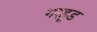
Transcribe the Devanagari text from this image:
गरहूड